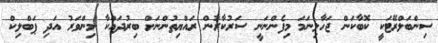
ސިންބަލްރޭޓަކީ ކޮބާކަން ޖަހާލިނަމަ މިފެންނަނީ ސަރުކާރުން ރައްޔިތުންނަށް ބިރުދައްކާ މިންވަރު އަދި ޕަބްލިކް